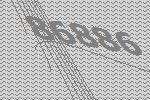
86886